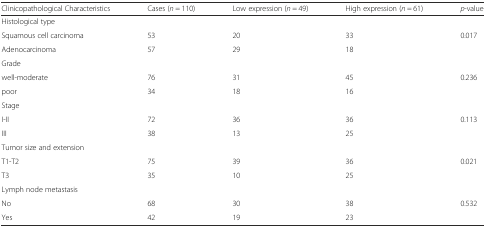
<table><thead><tr><td><b>Clinicopathological Characteristics</b></td><td><b>Cases (<i>n</i> = 110)</b></td><td><b>Low expression (<i>n</i> = 49)</b></td><td><b>High expression (<i>n</i> = 61)</b></td><td><b><i>p</i>-value</b></td></tr></thead><tbody><tr><td>Histological type</td><td></td><td></td><td></td><td></td></tr><tr><td>Squamous cell carcinoma</td><td>53</td><td>20</td><td>33</td><td rowspan="2">0.017</td></tr><tr><td>Adenocarcinoma</td><td>57</td><td>29</td><td>18</td></tr><tr><td>Grade</td><td></td><td></td><td></td><td></td></tr><tr><td>well-moderate</td><td>76</td><td>31</td><td>45</td><td rowspan="2">0.236</td></tr><tr><td>poor</td><td>34</td><td>18</td><td>16</td></tr><tr><td>Stage</td><td></td><td></td><td></td><td></td></tr><tr><td>I-II</td><td>72</td><td>36</td><td>36</td><td rowspan="2">0.113</td></tr><tr><td>III</td><td>38</td><td>13</td><td>25</td></tr><tr><td>Tumor size and extension</td><td></td><td></td><td></td><td></td></tr><tr><td>T1-T2</td><td>75</td><td>39</td><td>36</td><td rowspan="2">0.021</td></tr><tr><td>T3</td><td>35</td><td>10</td><td>25</td></tr><tr><td>Lymph node metastasis</td><td></td><td></td><td></td><td></td></tr><tr><td>No</td><td>68</td><td>30</td><td>38</td><td rowspan="2">0.532</td></tr><tr><td>Yes</td><td>42</td><td>19</td><td>23</td></tr></tbody></table>